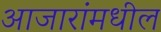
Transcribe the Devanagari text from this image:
आजारांमधील